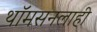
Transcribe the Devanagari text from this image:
थॉमसनलाही